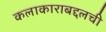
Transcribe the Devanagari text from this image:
कलाकाराबद्दलची